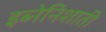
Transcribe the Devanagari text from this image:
इब्नेनिशाती